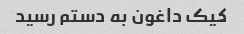
کیک داغون به دستم رسید